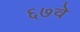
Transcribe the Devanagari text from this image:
६७वे